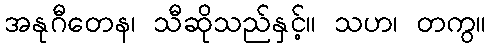
အနုဂီတေန၊ သီဆိုသည်နှင့်။ သဟ၊ တကွ။